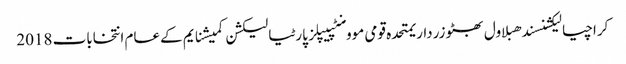
کراچیالیکشنسندھبلاول بھٹو زرداریمتحدہ قومی موومنٹپیپلز پارٹیالیکشن کمیشنایم کےعام انتخابات 2018